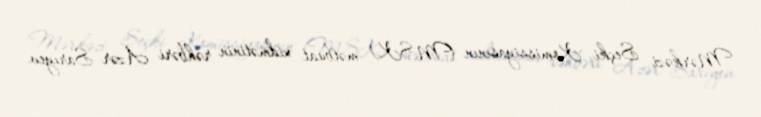
Mərkəzi Seçki Komissiyasının (MSK) mətbuat xidmətinin rəhbəri Azər Sarıyev